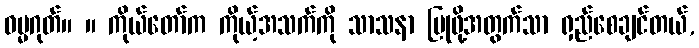
ဓမ္မဂုတ်။ ။ ကိုယ်တော်က ကိုယ့်အသက်ကို သာသနာ ပြုဖို့အတွက်သာ ရှည်စေချင်တယ်,